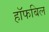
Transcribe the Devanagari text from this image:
हॉफबिल